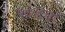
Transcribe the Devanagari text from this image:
१०४वॉ